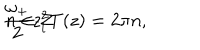
LaTeX: \frac { \omega _ { + } } { 2 } z _ { i } ^ { 2 } T ( z ) = 2 \pi n , \hspace { 1 . 5 c m } n \in { \cal Z }